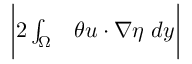
\begin{array} { r l } { \bigg | 2 \int _ { \Omega } } & { { } \theta u \cdot \nabla \eta \ d y \bigg | } \end{array}